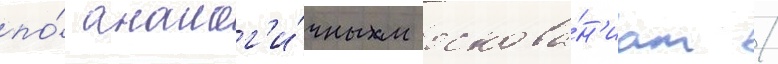
по́ аналог'и́чным основа́н'иам /